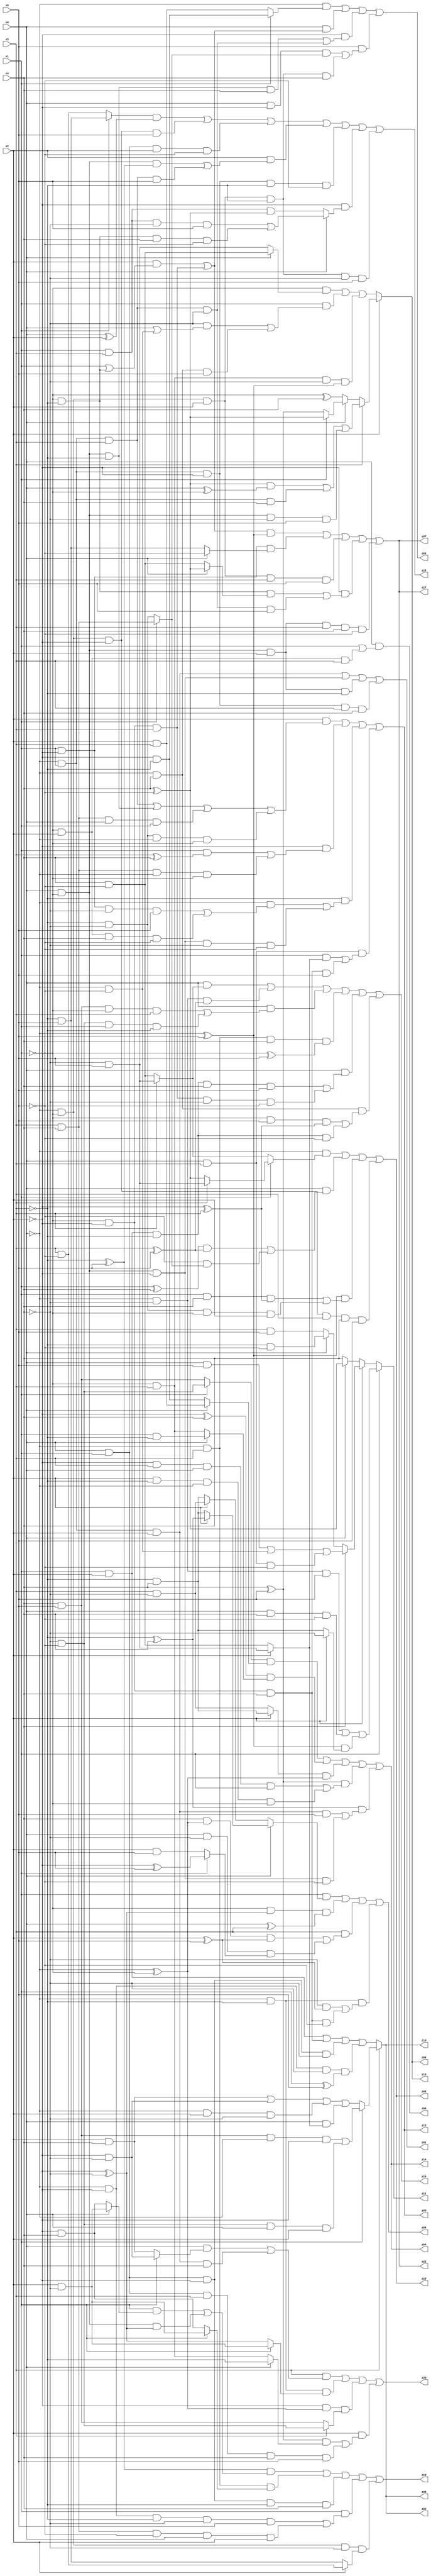
// Benchmark "q_3" written by ABC on Tue Jul 11 03:09:04 2023

module q_3 ( 
    x0, x1, x2, x3, x4, x5,
    z00, z01, z02, z03, z04, z05, z06, z07, z08, z09, z10, z11, z12, z13,
    z14, z15, z16, z17, z18, z19, z20, z21, z22  );
  input  x0, x1, x2, x3, x4, x5;
  output z00, z01, z02, z03, z04, z05, z06, z07, z08, z09, z10, z11, z12, z13,
    z14, z15, z16, z17, z18, z19, z20, z21, z22;
  assign z00 = x0 & (x1 | (~x1 & x2 & x3));
  assign z01 = (~x0 & x1 & x2) | (x0 & ~x1 & ~x2) | (x0 & ~x1 & x2 & ~x3) | (~x0 & x1 & ~x2 & x3 & x4);
  assign z02 = (~x0 & (x1 ? (~x2 & ~x3) : (x2 & x3))) | (x0 & ((x2 & (x1 | (~x1 & ~x3))) | (~x1 & ~x2 & x3))) | (~x2 & ((x0 & ~x1 & ~x3 & x4) | (~x0 & x1 & x3 & ~x4))) | (x5 & ((x0 & ~x2 & (x1 ? (x3 & x4) : (~x3 & ~x4))) | (~x0 & ~x1 & x2 & ~x3 & x4)));
  assign z03 = (x2 & ((~x0 & x1 & x3) | (x0 & ~x1 & ~x3) | (x3 & x4 & x0 & x1) | (~x3 & ~x4 & ~x0 & ~x1))) | (~x2 & ((x1 & (x3 ^ x4)) | (x3 & x4 & ~x0 & ~x1))) | (~x3 & ((~x0 & ((x1 & ~x2 & ~x4 & x5) | (~x1 & x2 & x4 & ~x5))) | (x0 & ~x1 & ~x2 & ~x4 & ~x5))) | (x0 & x3 & ((x1 & (x2 ? (~x4 & x5) : (x4 & ~x5))) | (~x1 & ~x2 & x4 & x5)));
  assign z04 = ((x1 ? (~x4 & ~x5) : (x4 & x5)) & (x0 ? (x2 & x3) : (~x2 & ~x3))) | ((~x2 ^ x4) & (x0 ? (x1 & ~x3) : (~x1 & x3))) | ((x2 ? (~x3 & x4) : (x3 & ~x4)) & (~x0 ^ ~x1)) | ((x4 ^ x5) & ((~x2 & x3 & x0 & x1) | (x2 & ~x3 & ~x0 & ~x1))) | ((~x3 ^ x4) & ((~x0 & x1 & x2 & x5) | (x0 & ~x1 & ~x2 & ~x5)));
  assign z05 = (~x0 & (x1 ? (x3 ? (~x4 & x5) : (x4 ^ ~x5)) : (x3 ? (~x4 & x5) : (x4 & ~x5)))) | (x0 & (((x1 ^ x4) & (x3 ^ x5)) | (~x5 & (x1 ? (x3 & x4) : (~x3 & ~x4))))) | ((~x0 ^ x5) & ((x1 & x4 & (~x2 ^ x3)) | (~x3 & ~x4 & ~x1 & x2))) | (~x0 & ~x1 & ~x2 & x3 & x4 & x5);
  assign z06 = x2 ? (x3 ? (((x4 ^ ~x5) & (x0 ^ ~x1)) | (~x0 & x1 & x4) | (x0 & ~x1 & ~x4 & x5)) : (x0 ? (x1 ? (x4 ^ ~x5) : (x4 ^ x5)) : (~x1 ^ x4))) : ((~x1 & (x0 ? (x4 & ~x5) : (~x4 & x5))) | (x1 & ((~x4 & (x0 | (~x0 & ~x5))) | (~x0 & x4 & x5))) | (~x1 & x3 & ~x4 & (~x0 ^ x5)));
  assign z07 = (((x2 & (x1 | (~x1 & ~x3))) | (~x1 & ~x2 & x3)) & (~x0 ^ x5)) | (x1 & ~x2 & (x0 ? ~x5 : (~x3 & x5))) | (~x0 & ~x1 & x2 & x3 & x5) | (~x2 & ((~x1 & ~x3 & (x0 ? (x4 ^ ~x5) : (x4 & ~x5))) | (~x0 & x1 & x3 & ~x4 & x5))) | (x0 & ~x1 & x2 & x3 & x4 & ~x5);
  assign z08 = x3 ? (x1 ? ((x4 & x5 & ~x0 & ~x2) | (~x4 & ~x5 & x0 & x2)) : ((x2 & x4) | (~x2 & ~x4) | (~x0 & x2 & ~x4) | (x0 & (x2 ? (~x4 & x5) : (x4 & ~x5))))) : ((x1 & x2) | (~x1 & ~x2 & x4) | (x0 & x1 & ~x2 & ~x4) | (~x0 & ~x2 & ~x4 & (x1 ^ x5)));
  assign z09 = (x1 & (x0 ? (x2 ? (~x3 ^ x4) : (~x3 & x4)) : (x2 ? (x3 & ~x4) : (~x3 & x4)))) | (~x1 & (~x2 ^ ~x4) & (x0 ^ x3)) | (x3 & ((x4 & (~x0 ^ ~x1) & (x2 ^ x5)) | (x0 & ~x4 & (x1 ? (~x2 ^ x5) : (x2 & x5))))) | (~x0 & ~x3 & ((~x4 & (x2 ^ x5)) | (~x1 & ~x2 & x4 & ~x5)));
  assign z10 = (x0 & (x3 ? (~x4 & x5) : (x4 & ~x5))) | (~x0 & ~x4 & (x3 ^ x5)) | (x0 & ((x4 & x5 & ~x1 & x3) | (~x4 & ~x5 & x1 & ~x3))) | (~x0 & x3 & x4 & (~x1 ^ x5)) | (x0 & ((x1 & x2 & ~x3 & x4 & x5) | (~x1 & ~x2 & x3 & ~x4 & ~x5))) | (~x0 & x4 & ((~x1 & x5 & (~x2 ^ x3)) | (x1 & x2 & ~x3 & ~x5)));
  assign z11 = x1 ? ((~x0 & ~x4 & x5) | (x0 & x4 & ~x5) | ((~x0 ^ x5) & (x2 ? ~x4 : (~x3 & x4)))) : (x2 ? (x4 ? ((x0 & x5) | (~x0 & ~x5) | (x0 & x3 & ~x5)) : (x0 ? (~x3 & ~x5) : (x3 & x5))) : (x0 ? (x4 ^ ~x5) : x4));
  assign z12 = ((x1 ? (~x3 & x5) : (x3 & ~x5)) & (x0 ^ x2)) | (~x0 & ~x1 & ~x2 & x5) | (x0 & x1 & x2 & ~x5) | (x2 & ((x0 & ~x1 & (~x3 ^ x5)) | (~x0 & x1 & x3 & x5))) | (~x0 & x1 & ~x2 & ~x3 & ~x5) | (~x2 & (x0 ? ((x1 & x3 & ~x4 & x5) | (~x1 & ~x3 & x4 & ~x5)) : (x1 & x3 & (x4 ^ ~x5)))) | (~x0 & ~x1 & x2 & ~x3 & ~x4 & x5);
  assign z13 = (x2 & ((~x0 & x1 & x3) | (x0 & ~x1 & ~x3) | (x3 & x4 & x0 & x1) | (~x3 & ~x4 & ~x0 & ~x1))) | (~x2 & ((x1 & (x3 ^ x4)) | (x3 & x4 & ~x0 & ~x1))) | (~x3 & ((~x0 & ((x1 & ~x2 & ~x4 & x5) | (~x1 & x2 & x4 & ~x5))) | (x0 & ~x1 & ~x2 & ~x4 & ~x5))) | (x0 & x3 & ((x1 & (x2 ? (~x4 & x5) : (x4 & ~x5))) | (~x1 & ~x2 & x4 & x5)));
  assign z14 = ((x1 ? (~x4 & ~x5) : (x4 & x5)) & (x0 ? (x2 & x3) : (~x2 & ~x3))) | ((~x2 ^ x4) & (x0 ? (x1 & ~x3) : (~x1 & x3))) | ((x2 ? (~x3 & x4) : (x3 & ~x4)) & (~x0 ^ ~x1)) | ((x4 ^ x5) & ((~x2 & x3 & x0 & x1) | (x2 & ~x3 & ~x0 & ~x1))) | ((~x3 ^ x4) & ((~x0 & x1 & x2 & x5) | (x0 & ~x1 & ~x2 & ~x5)));
  assign z15 = (~x0 & (x1 ? (x3 ? (~x4 & x5) : (x4 ^ ~x5)) : (x3 ? (~x4 & x5) : (x4 & ~x5)))) | (x0 & (((x1 ^ x4) & (x3 ^ x5)) | (~x5 & (x1 ? (x3 & x4) : (~x3 & ~x4))))) | ((~x0 ^ x5) & ((x1 & x4 & (~x2 ^ x3)) | (~x3 & ~x4 & ~x1 & x2))) | (~x0 & ~x1 & ~x2 & x3 & x4 & x5);
  assign z16 = x2 ? (x3 ? (((x4 ^ ~x5) & (x0 ^ ~x1)) | (~x0 & x1 & x4) | (x0 & ~x1 & ~x4 & x5)) : (x0 ? (x1 ? (x4 ^ ~x5) : (x4 ^ x5)) : (~x1 ^ x4))) : ((~x1 & (x0 ? (x4 & ~x5) : (~x4 & x5))) | (x1 & ((~x4 & (x0 | (~x0 & ~x5))) | (~x0 & x4 & x5))) | (~x1 & x3 & ~x4 & (~x0 ^ x5)));
  assign z17 = (((x2 & (x1 | (~x1 & ~x3))) | (~x1 & ~x2 & x3)) & (~x0 ^ x5)) | (x1 & ~x2 & (x0 ? ~x5 : (~x3 & x5))) | (~x0 & ~x1 & x2 & x3 & x5) | (~x2 & ((~x1 & ~x3 & (x0 ? (x4 ^ ~x5) : (x4 & ~x5))) | (~x0 & x1 & x3 & ~x4 & x5))) | (x0 & ~x1 & x2 & x3 & x4 & ~x5);
  assign z18 = x3 ? (x1 ? ((x4 & x5 & ~x0 & ~x2) | (~x4 & ~x5 & x0 & x2)) : ((x2 & x4) | (~x2 & ~x4) | (~x0 & x2 & ~x4) | (x0 & (x2 ? (~x4 & x5) : (x4 & ~x5))))) : ((x1 & x2) | (~x1 & ~x2 & x4) | (x0 & x1 & ~x2 & ~x4) | (~x0 & ~x2 & ~x4 & (x1 ^ x5)));
  assign z19 = ((~x3 ^ x5) & ((x1 & (x0 ? (x2 & ~x4) : (~x2 & x4))) | (x0 & ~x1 & (~x2 ^ ~x4)))) | (~x0 & x3 & (x1 ? (x2 & ~x4) : (~x2 & x4))) | (x0 & x1 & ~x2 & ~x3 & x4) | (x1 & ((~x0 & ~x2 & ~x3 & ~x4 & x5) | (x3 & x4 & ~x5 & x0 & x2))) | (~x0 & ~x1 & ~x4 & (x2 ? (x3 & ~x5) : (~x3 & x5)));
  assign z20 = (x3 & ((x0 & (x1 ? (~x2 & ~x4) : (x2 & x4))) | (~x0 & x1 & x2 & x4))) | (~x0 & ~x3 & (x1 ? (x2 & ~x4) : (~x2 ^ ~x4))) | (~x2 & (~x0 ^ ~x1) & (x3 ? (~x4 & ~x5) : (x4 & x5))) | (x2 & (((x4 ^ x5) & (x0 ? ~x3 : (~x1 & x3))) | (x0 & x1 & x3 & x4 & x5)));
  assign z21 = (((x2 & (x1 | (~x1 & ~x3))) | (~x1 & ~x2 & x3)) & (~x0 ^ x5)) | (x1 & ~x2 & (x0 ? ~x5 : (~x3 & x5))) | (~x0 & ~x1 & x2 & x3 & x5) | (~x2 & ((~x1 & ~x3 & (x0 ? (x4 ^ ~x5) : (x4 & ~x5))) | (~x0 & x1 & x3 & ~x4 & x5))) | (x0 & ~x1 & x2 & x3 & x4 & ~x5);
  assign z22 = x3 ? (x1 ? ((x4 & x5 & ~x0 & ~x2) | (~x4 & ~x5 & x0 & x2)) : ((x2 & x4) | (~x2 & ~x4) | (~x0 & x2 & ~x4) | (x0 & (x2 ? (~x4 & x5) : (x4 & ~x5))))) : ((x1 & x2) | (~x1 & ~x2 & x4) | (x0 & x1 & ~x2 & ~x4) | (~x0 & ~x2 & ~x4 & (x1 ^ x5)));
endmodule